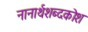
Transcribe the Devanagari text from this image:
नानार्थशब्दकोश